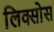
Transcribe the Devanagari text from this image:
लिक्सोस